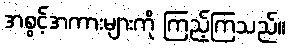
အစွင့်အကားများကို ကြည့်ကြသည်။